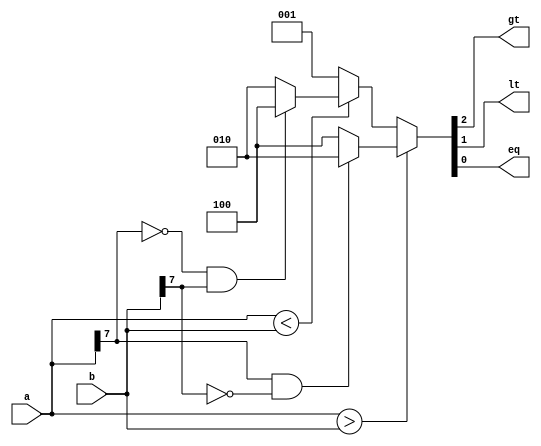
module comparer #(parameter width=8) (gt,lt,eq,a,b);
  input [width-1:0]a,b;
  output reg gt,lt,eq;

  always @(a,b)
	begin
	  if(a>b) 
	                begin
		if(a[width-1]==1&&b[width-1]==0) {gt,lt,eq} <= 3'b010;
		else {gt,lt,eq} <= 3'b100;
		end
	  else if (a<b)
		begin
		if(a[width-1]==0&&b[width-1]==1) {gt,lt,eq} <= 3'b100; 
		else {gt,lt,eq} <= 3'b010;
		end
	  else {gt,lt,eq} <= 3'b001;
	end

endmodule